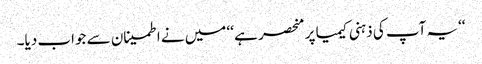
‘‘یہ آپ کی ذہنی کیمیا پر منحصر ہے ‘‘ میں نے اطمینان سے جواب دیا۔